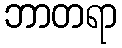
ဘာတရာ